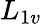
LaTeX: L_{1v}